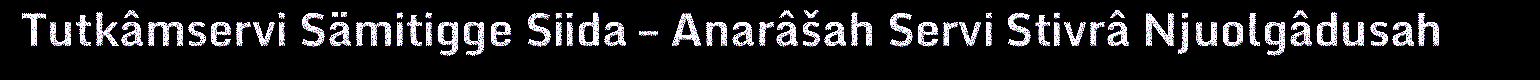
Tutkâmservi Sämitigge Siida – Anarâšah Servi Stivrâ Njuolgâdusah